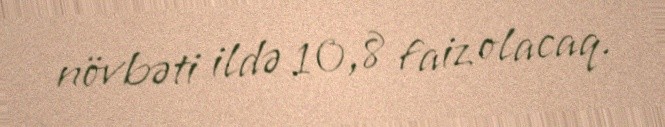
növbəti ildə 10,8 faiz olacaq.